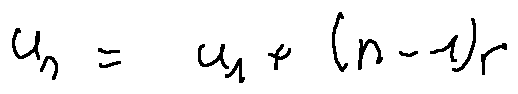
u _ { n } = u _ { 1 } + ( n - 1 ) r